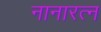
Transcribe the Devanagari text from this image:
नानारत्न